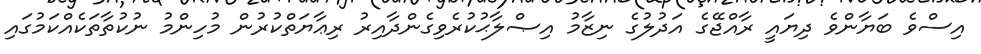
އިސްވެ ބަޔާންވެ ދިޔައީ ރާއްޖޭގެ އަދުލުގެ ނިޒާމު އިޞްލާޙުކުރެވިގެންދާއިރު ރިޢާޔަތްކުރުން މުހިންމު ނުކުތާތަކެއްކަމުގައި